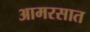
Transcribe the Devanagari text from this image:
आमरसात